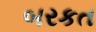
બરકત